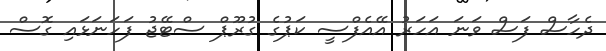
ދެހާސް ފަސް ވަނަ އަހަރު އޭއެފްސީ ކަޕުގެ ގުރޫޕް ސްޓޭޖު ފަހަނަޅައި ގޮސް